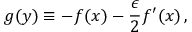
g ( y ) \equiv - f ( x ) - \frac { \epsilon } { 2 } f ^ { \prime } ( x ) \, ,